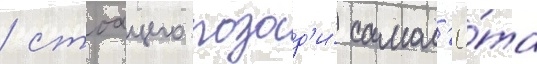
/ стоащего позад'и́ самол'ё́та